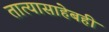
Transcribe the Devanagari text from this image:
तात्यासाहेबही